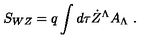
S _ { W Z } = q \int d \tau \dot { Z } ^ { \Lambda } A _ { \Lambda } \ .